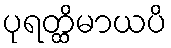
ပုရတ္ထိမာယပိ